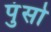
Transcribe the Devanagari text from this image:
पुंसो